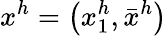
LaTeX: x^{h}=\left(x_{1}^{h},{\bar{x}}^{h}\right)